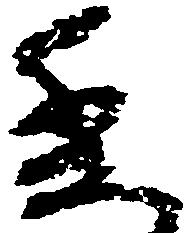
委